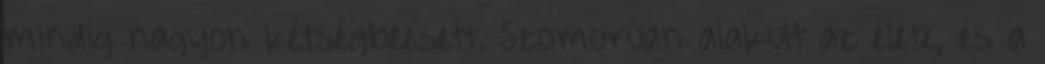
mindig nagyon kétségbeesett. Szomorúan alakult az élete, és a